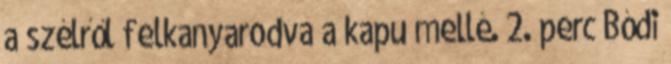
a szélről felkanyarodva a kapu mellé. 2. perc Bódi